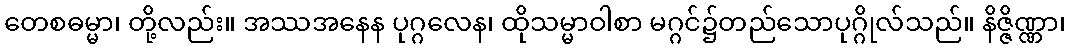
တေစဓမ္မာ၊ တို့လည်း။ အဿအနေန ပုဂ္ဂလေန၊ ထိုသမ္မာဝါစာ မဂ္ဂင်၌တည်သောပုဂ္ဂိုလ်သည်။ နိဇ္ဇိဏ္ဏာ၊